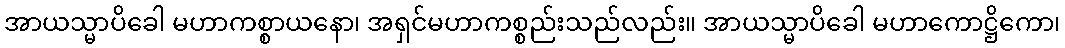
အာယသ္မာပိခေါ မဟာကစ္စာယနော၊ အရှင်မဟာကစ္စည်းသည်လည်း။ အာယသ္မာပိခေါ မဟာကောဋ္ဌိကော၊